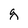
Character: g